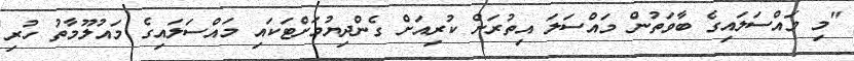
"މި މައްސަލައިގެ ބާވަތުން މައްސަލަ އިތުރަށް ކުރިއަށް ގެންދިޔުމަށްޓަކައި މައްސަލައިގެ މައުލޫމާތު ހުރި